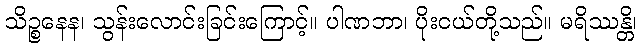
သိဉ္စနေန၊ သွန်းလောင်းခြင်းကြောင့်။ ပါဏဘာ၊ ပိုးငယ်တို့သည်။ မရိဿန္တိ၊